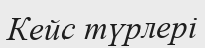
Кейс түрлері